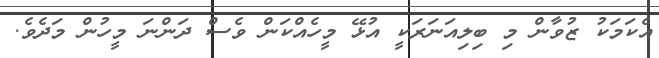
އެކަމަކު ޒުވާން މި ބިލިއަނަރަކީ އުޅޭ މީހެއްކަން ވެސް ދަންނަ މީހުން މަދެވެ.